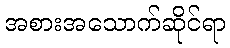
အစားအသောက်ဆိုင်ရာ